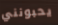
يحبونني